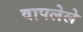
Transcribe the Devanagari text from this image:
वापलेले